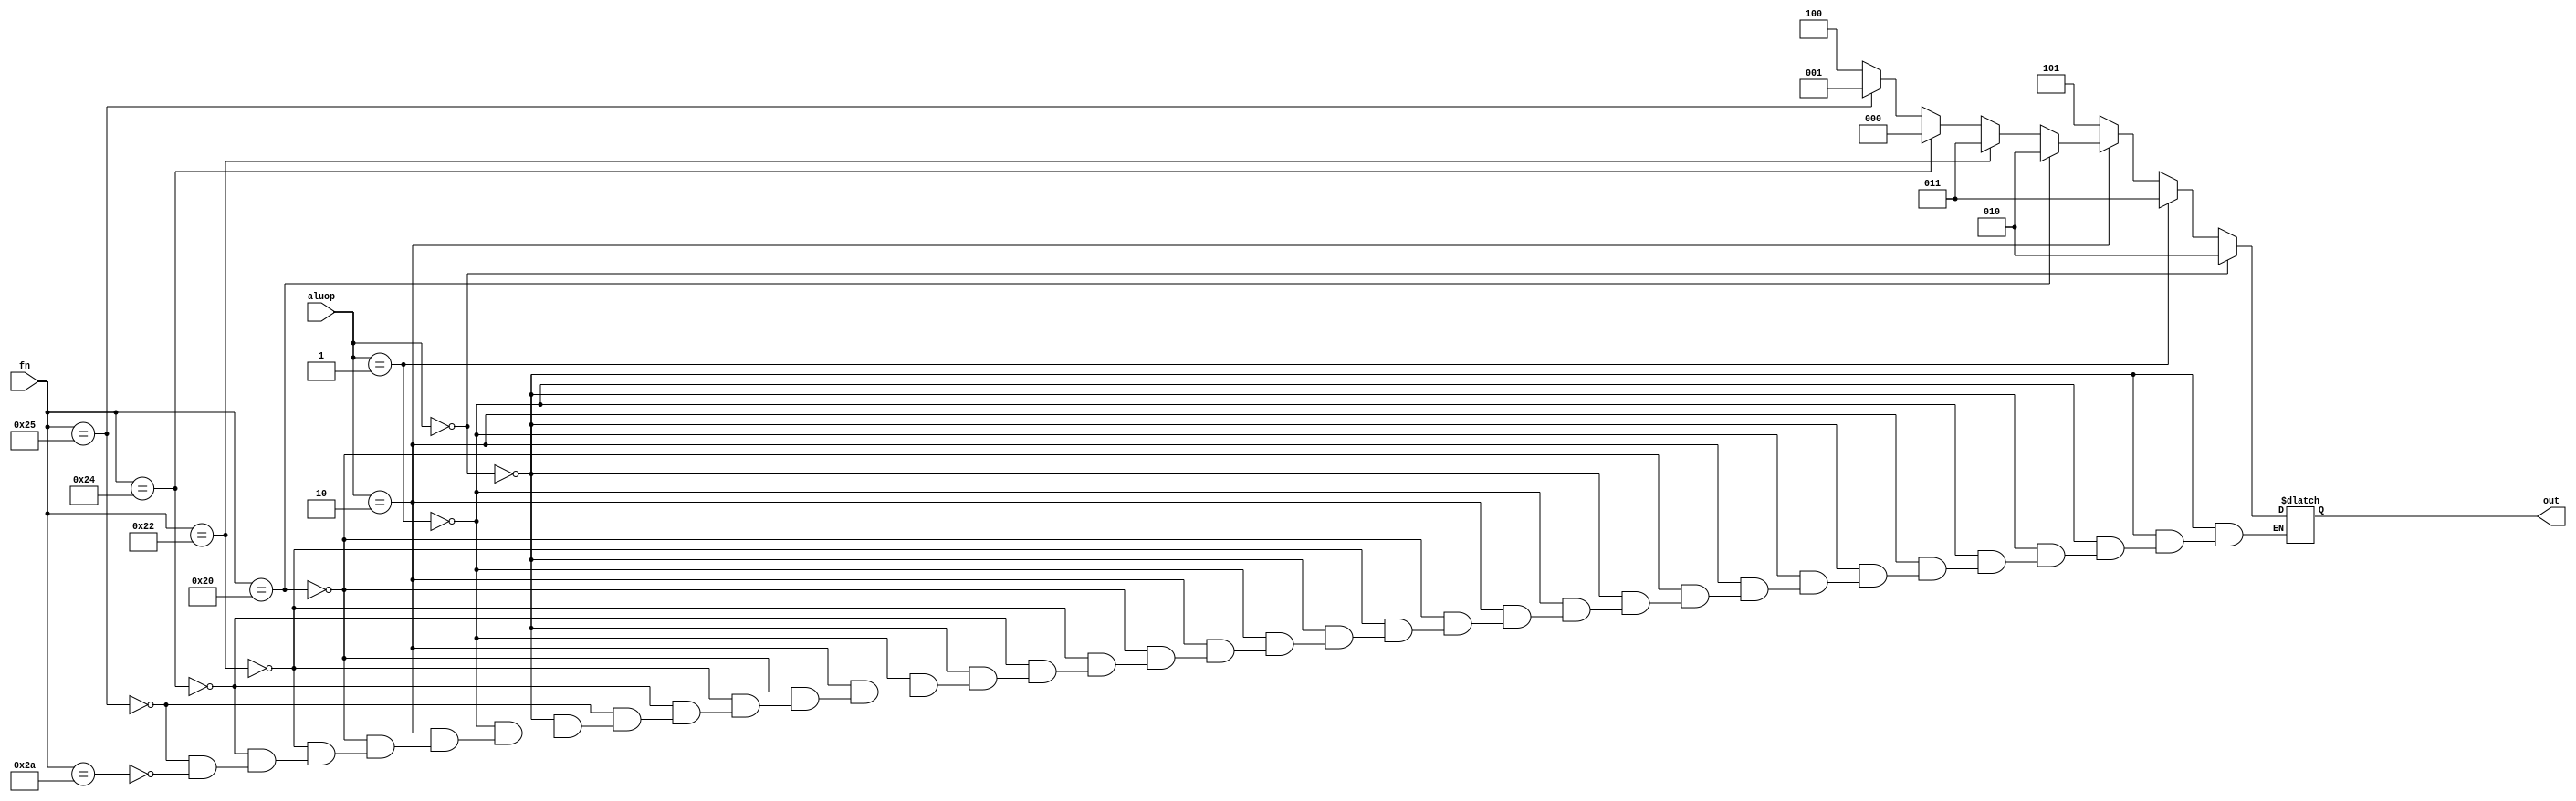
/*
  * @author: Aniruddh
*/

module alucontrol(aluop, fn, out);

input [0:1]aluop;
input [0:5]fn;
output reg [0:2]out;

always @(aluop, fn)
begin
  if(aluop == 0) out = 2;
  else if(aluop == 1) out = 3;
  else if(aluop == 2)
  begin
    if(fn == 6'b100000) out = 2;
    else if(fn == 6'b100010) out = 3;
    else if(fn == 6'b100100) out = 0;
    else if(fn == 6'b100101) out = 1;
    else if(fn == 6'b101010) out = 4;
  end
  else out = 5;
end

endmodule


// module tb_alucon;

// reg [0:1] aluop;
// reg [0:5] fn;
// wire [0:2]out;

// alucontrol uut(aluop, fn, out);

// initial begin
//   $dumpfile("alucontrol.vcd");
//   $dumpvars(0, tb_alucon);

//   aluop = 0;
//   #10;
//   aluop = 1;
//   #10;
//   aluop = 2;
//   fn = 6'b100000;
//   #10;
//   fn = 6'b100010;
//   #10;
//   fn = 6'b100100;
//   #10;
//   fn = 6'b100101;
//   #10;
//   fn = 6'b101010;
//   #10;
// end
// endmodule